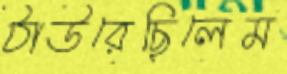
ঠাউরেছিলেম